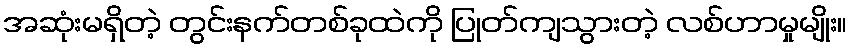
အဆုံးမရှိတဲ့ တွင်းနက်တစ်ခုထဲကို ပြုတ်ကျသွားတဲ့ လစ်ဟာမှုမျိုး။